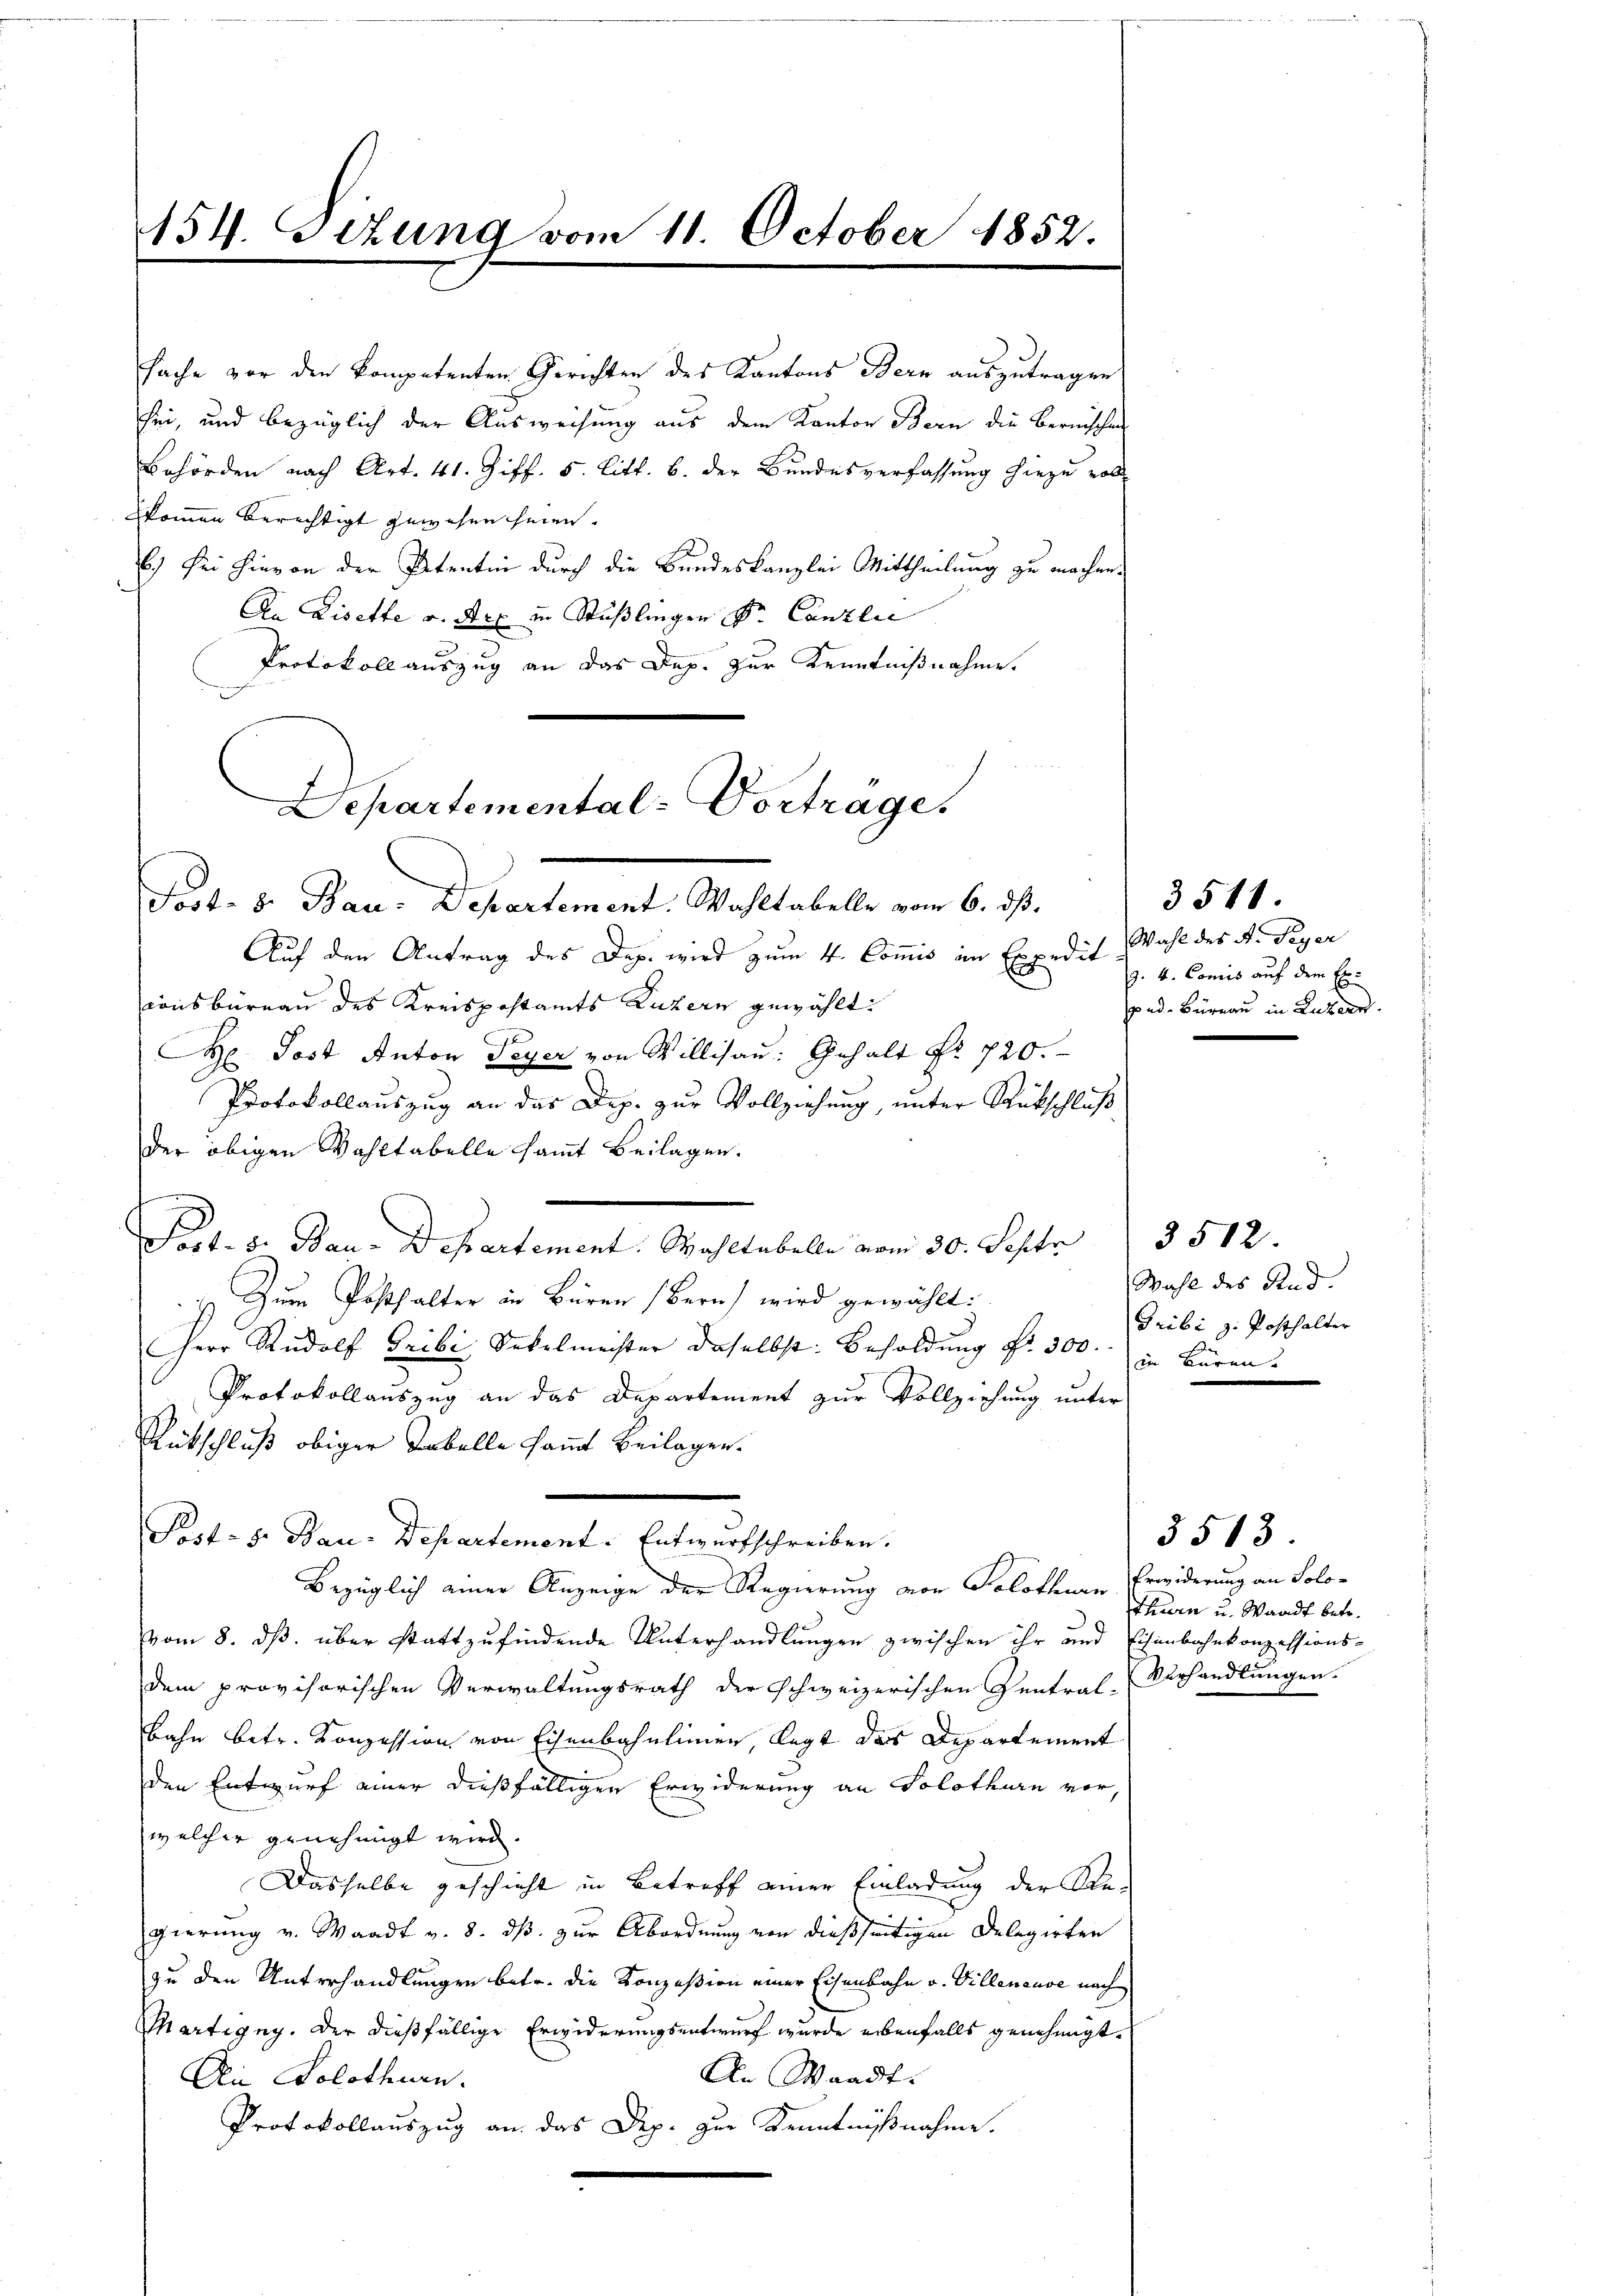
154. Sitzung vom 11. October 1852.

sache vor den kompetenten Gerichten des Kantons Bern auszutragen
sei, und bezüglich der Ausweisung aus dem Kanton Bern die Bernischen
Behörden nach Art. 41. Ziff. 5. Litt. b. der Bundesverfassung hiezu voll
zkommen berechtigt gewesen seien.
6.) Sei hievon der Petentin durch die Bundeskanzlei Mittheilung zu machen.
An Lisette v. Art in Stüßlingen Dr. Canzlei
Protokoll auszug an das Dep. zur Kenntnißnahme.
Departemental-Vortrage,

Fort. 8. Bau. Departement. Wahltabelle vom 6. ds.

Auf den Antrag des Dep. wird zum 4. Commis im Expedit
consbüreau des Kreispostamts Luzern gewählt:
 Post Anton Feyer von Willisau: Gehalt No 720.
Protokollauszug an das Dep. zur Vollziehung, unter Rückschluß
der obigen Wahltabelle sammt Beilagen.
Saale v. Bau-Departement. Wahltabelle vom 30. Septe     3512
Zum Posthalter in Büren (Bern wird gewählt:
Herr Rudolf Gribi, Sekelmeister daselbst: Besoldung fr. 300. in Bären.
Protokollauszug an das Departement zur Vollziehung unter
Rütschluß obiger Tabelle sammt Beilagen.
Post- 8. Bau-Departement. Entwurfschreiben.
Bezüglich einer Anzeige der Regierung von Solothurn Erwiderung an Solo-
vom 8. ds. über stattzufindende Unterhandlungen zwischen ihr und Eisenbahnkonzessions-
dem provisorischen Verwaltungsrath der Schweizerischen Zentral-
bahn betr. Konzession von Eisenbahnlinien, legt das Departement
den Entwurf einer dießfälligen Erwiderung an Solothurn vor,
welcher genehmigt wird.
Dasselbe geschieht in Betreff einer Einladung der Re-
gierung v. Waadt v. 8. dß. zur Abordnung von dießseitigen Delegirten
zu den Unterhandlungen betr. die Konzesion einer Eisenbahn v. Villeneuve nach
Martigny. Der dießfällige Erwiderungsentwurf wurde erbenfalls genehmigt.
An Waadt.
An Solothurn.
Protokollauszug an das Dep. zur Kenntnißnahme.

3511.
Wahl des A. Peyer
9. 4. Commis auf dem Er-
pad. Büreau in Luzern.

Wahl des Rad. |
Gribi z. Posthalter

thnern u. Waadt betr.
Verhandlungen.

3513.